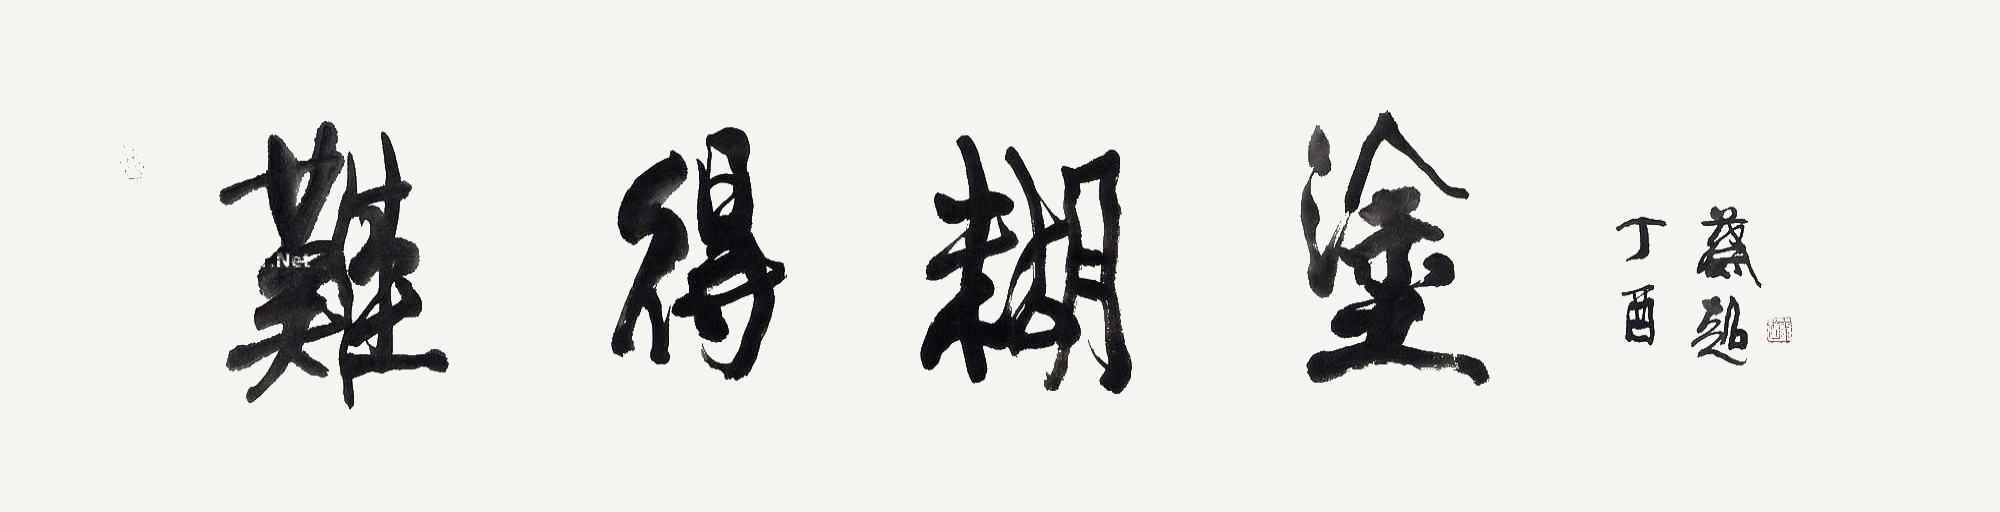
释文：难得糊涂。丁酉蔡超。